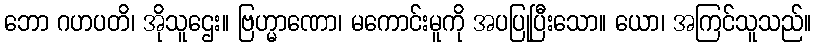
ဘော ဂဟပတိ၊ အိုသူဌေး။ ဗြဟ္မာဏော၊ မကောင်းမူကို အပပြုပြီးသော။ ယော၊ အကြင်သူသည်။